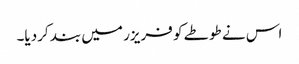
اس نے طوطے کو فریزر میں بند کردیا۔